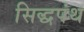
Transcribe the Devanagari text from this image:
सिद्धपंथ